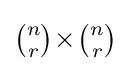
{\textstyle {\binom {n}{r}}\!\times \!{\binom {n}{r}}}